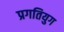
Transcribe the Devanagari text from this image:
प्रगतियुग